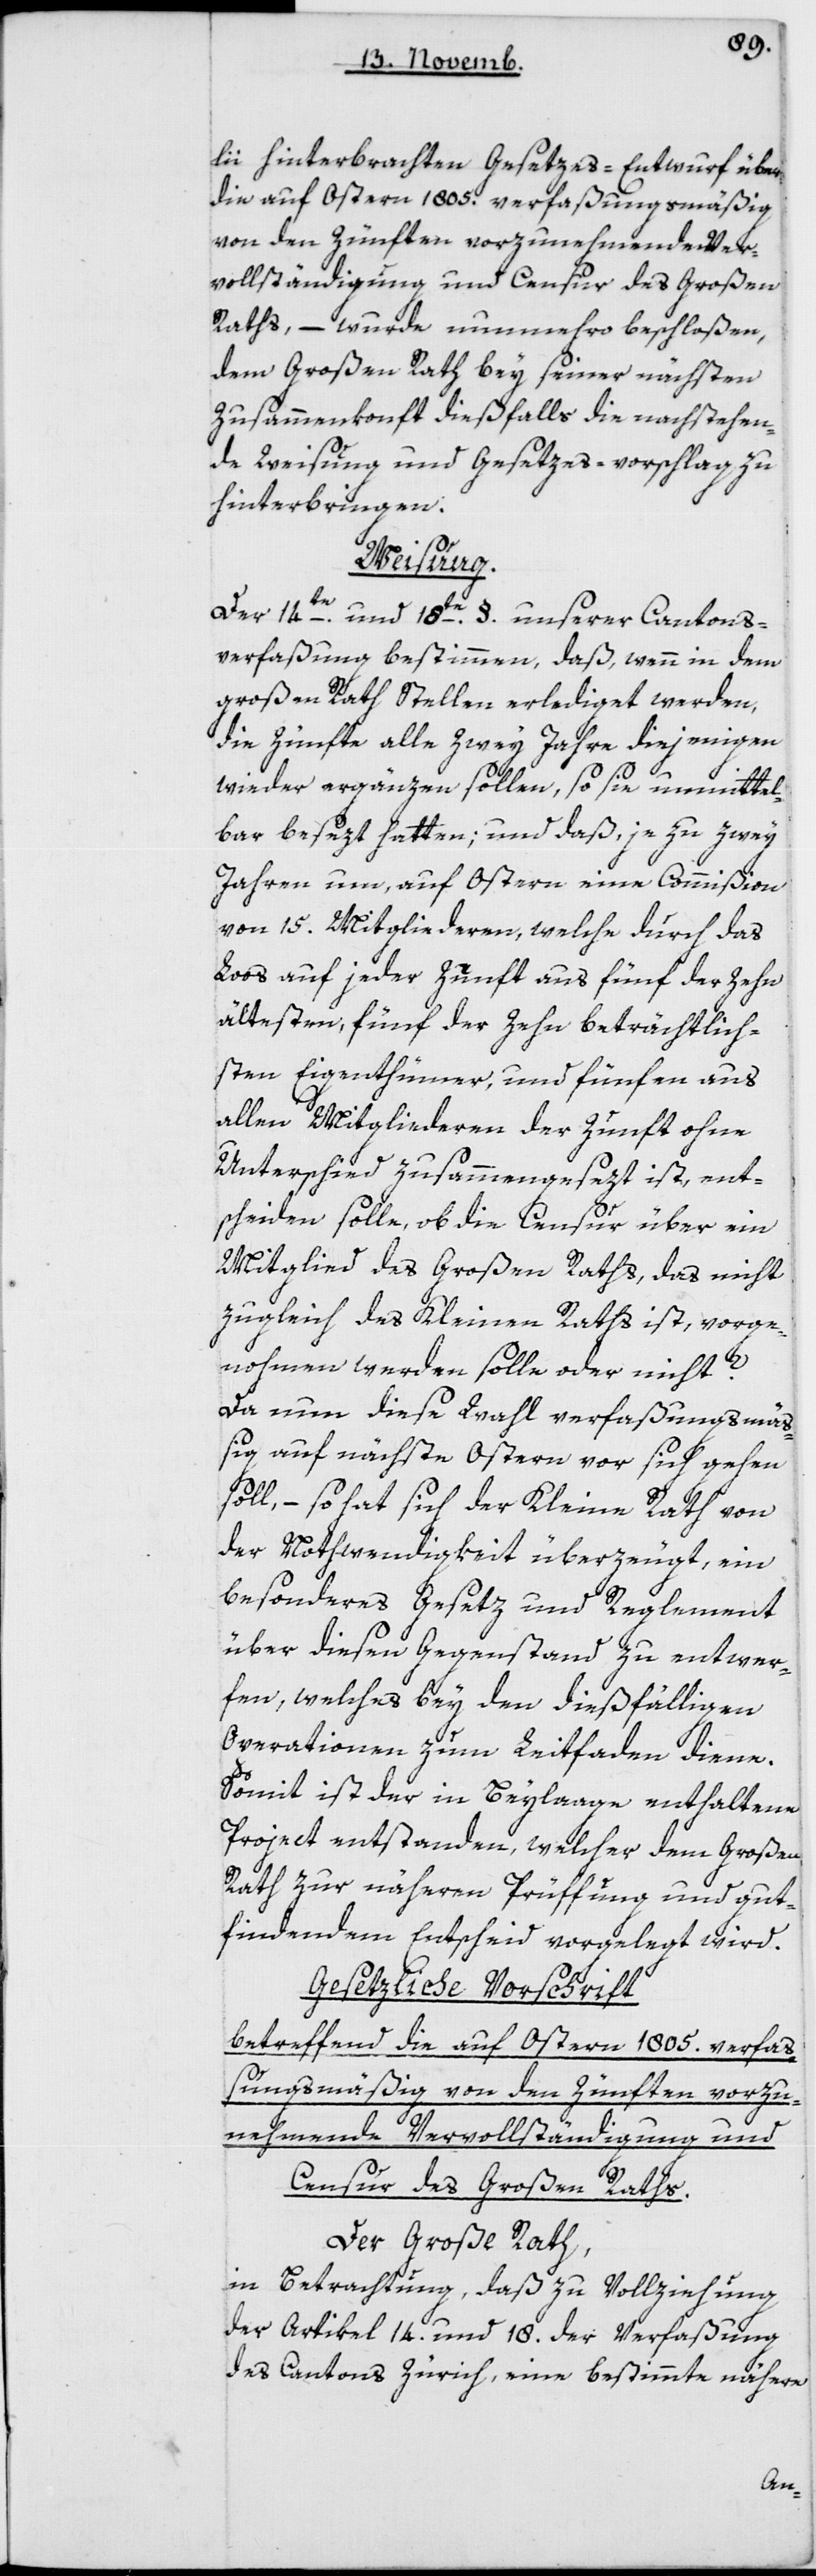
lii hinterbrachten Gesetzes-Entwurf über
die auf Ostern 1805 verfaßungsmäßig
von den Zünften vorzunehmenden Ver¬
vollständigung und Censur des Großen
Raths, – wurde nunmehro beschloßen,
dem Großen Rath bey seiner nächsten
Zusammenkonft dießfalls die nachstehen¬
de Weisung und Gesetzes-Vorschlag zu
hinterbringen:
Weisung.
Der 14te und 18te Paragraph unserer Cantons¬
verfaßung bestimmen, daß wenn in dem
Großen Rath Stellen erlediget werden,
die Zünfte alle zwey Jahre diejenigen
wieder ergänzen sollen, so sie unmittel¬
bar besezt hatten, und daß, je zu zwey
Jahren um, auf Ostern eine Commißion
von 15 Mitgliederen, welche durch das
Loos auf jeder Zunft aus fünf der zehn
ältesten, fünf der zehn beträchtlich¬
sten Eigenthümer, und fünfen aus
allen Mitgliederen der Zunft ohne
Unterschied zusammengesezt ist, ent¬
scheiden solle, ob die Censur über ein
Mitglied des Großen Raths, das nicht
zugleich des Kleinen Raths ist, vorge¬
nohmen werden solle oder nicht?
Da nun diese Wahl verfaßungsmäß¬
ig auf nächste Ostern vor sich gehen
soll, – so hat sich der Kleine Rath von
der Nothwendigkeit überzeugt, ein
besonderes Gesetz und Reglement
über diesen Gegenstand zu entwer¬
fen, welches bey den dießfälligen
Operationen zum Leitfaden diene.
Somit ist der in Beylaage enthaltene
Project entstanden, welcher dem großen
Rath zur näheren Prüffung und gut
findendem Entscheid vorgelegt wird.
Gesetzliche Vorschrift
betreffend die auf Ostern 1805 verfaß¬
ungsmäßig von den Zünften vorzu¬
nehmende Vervollständigung und
Censur des Großen Raths.
Der Große Rath,
in Betrachtung, daß zu Vollziehung
der Artikel 14 und 18 der Verfaßung
des Cantons Zürich, eine bestimmte nähere